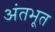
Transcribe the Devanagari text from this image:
अंतभूत